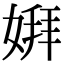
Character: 𫱋